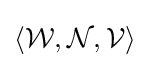
\langle {\mathcal {W}},{\mathcal {N}},{\mathcal {V}}\rangle